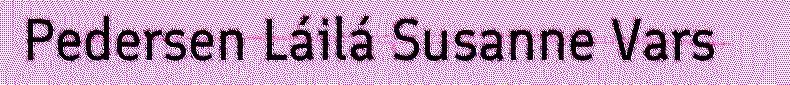
Pedersen Láilá Susanne Vars